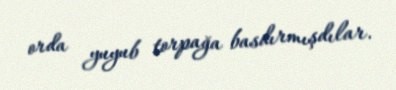
orda yuyub torpağa basdırmışdılar.